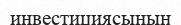
инвестициясының